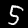
Label: 5